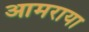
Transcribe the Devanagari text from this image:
आमराया